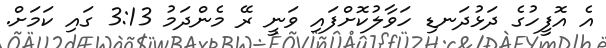
އެ އޮފީހުގެ ދަޅުދަނޑި ހަވާލުކޮށްފައި ވަނީ ރޭ މެންދަމު 3:13 ގައި ކަަމަށް.